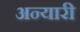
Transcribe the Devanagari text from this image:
अन्यारी